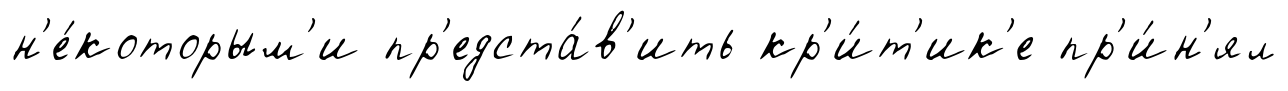
н'е́которым'и пр'едста́в'ить кр'и́т'ик'е пр'и́н'ял